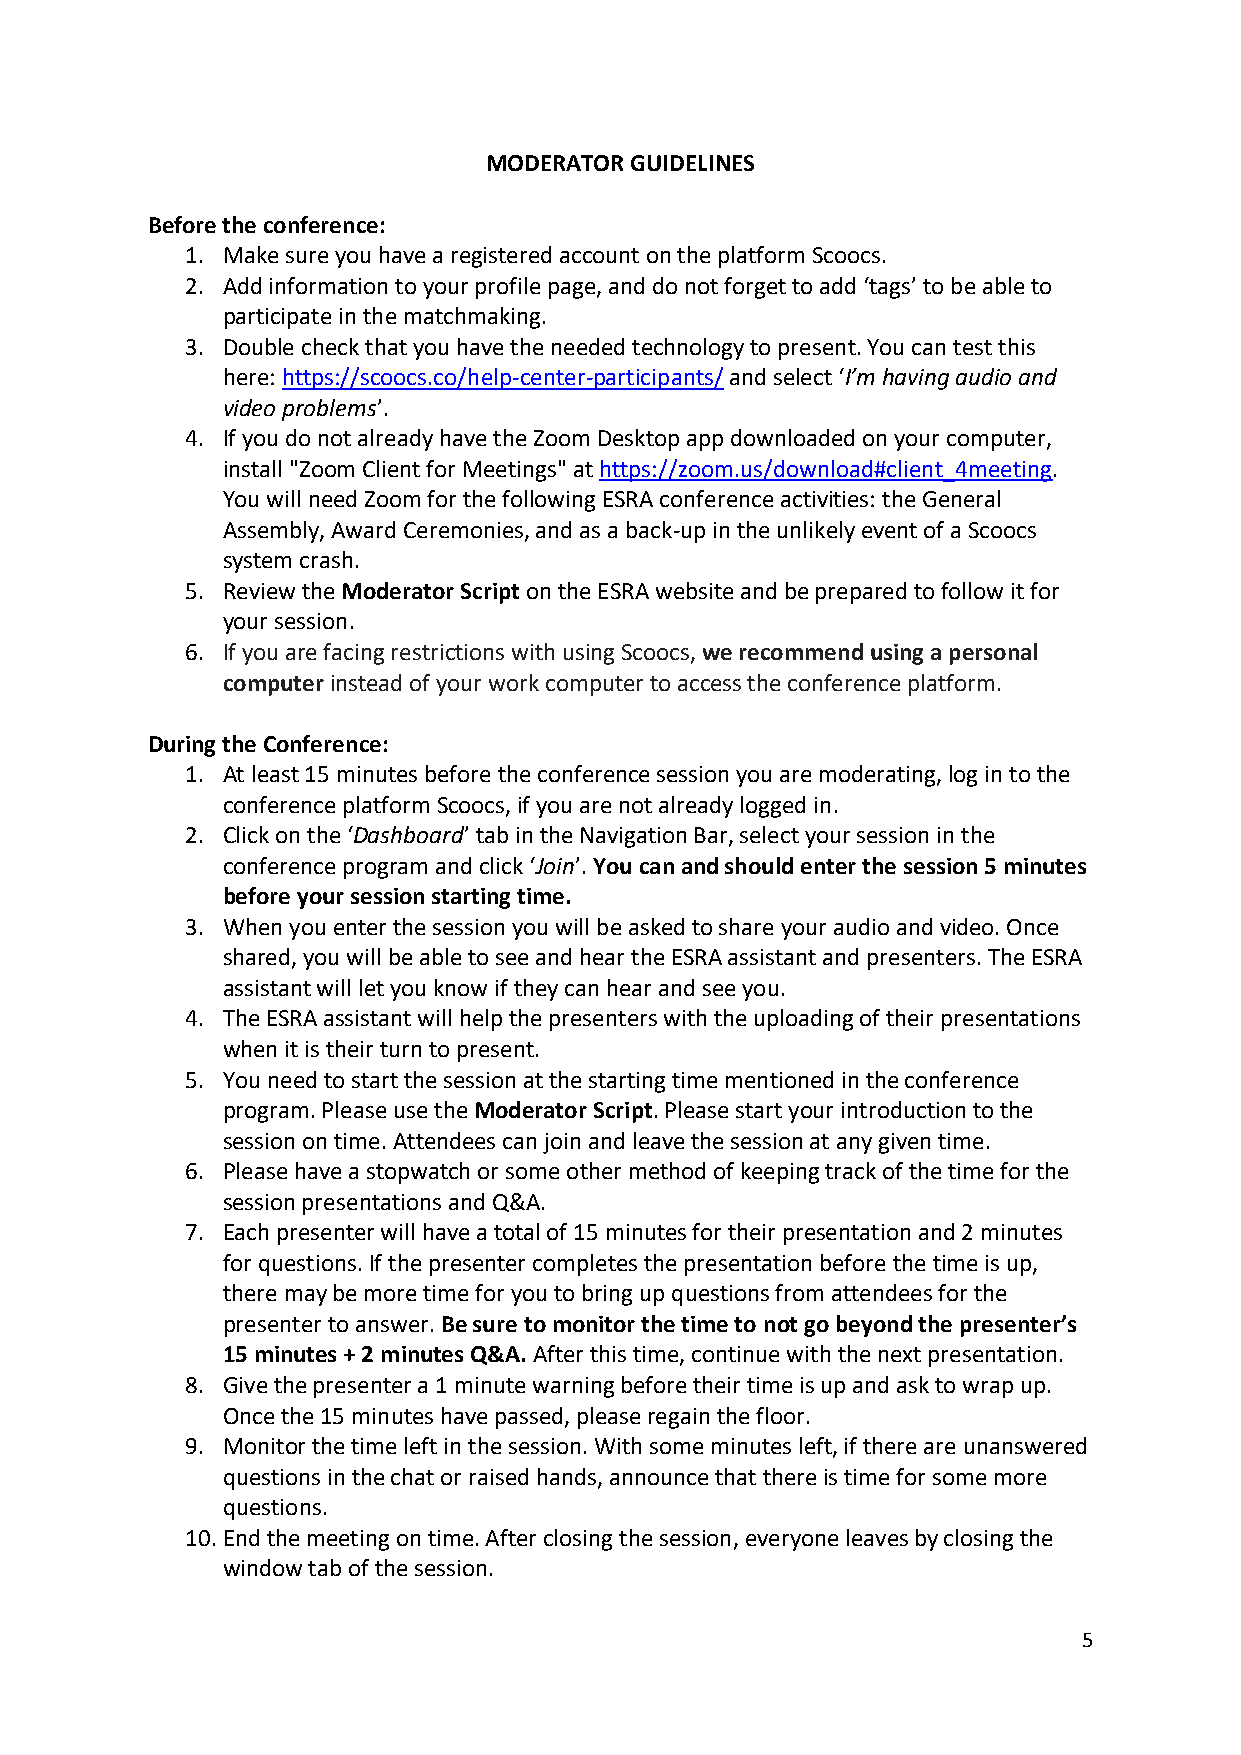
MODERATOR GUIDELINES
 Before the conference:
 1. Make sure you have a registered account on the platform Scoocs.
 2. Add information to your profile page, and do not forget to add ‘tags’ to be able to
 participate in the matchmaking.
 3. Double check that you have the needed technology to present. You can test this
 here: https://scoocs.co/help-center-participants/ and select ‘I’m having audio and
 video problems’.
 4. If you do not already have the Zoom Desktop app downloaded on your computer,
 install "Zoom Client for Meetings" at https://zoom.us/download#client_4meeting.
 You will need Zoom for the following ESRA conference activities: the General
 Assembly, Award Ceremonies, and as a back-up in the unlikely event of a Scoocs
 system crash.
 5. Review the Moderator Script on the ESRA website and be prepared to follow it for
 your session.
 6. If you are facing restrictions with using Scoocs, we recommend using a personal
 computer instead of your work computer to access the conference platform.
 During the Conference:
 1. At least 15 minutes before the conference session you are moderating, log in to the
 conference platform Scoocs, if you are not already logged in.
 2. Click on the ‘Dashboard’ tab in the Navigation Bar, select your session in the
 conference program and click ‘Join’. You can and should enter the session 5 minutes
 before your session starting time.
 3. When you enter the session you will be asked to share your audio and video. Once
 shared, you will be able to see and hear the ESRA assistant and presenters. The ESRA
 assistant will let you know if they can hear and see you.
 4. The ESRA assistant will help the presenters with the uploading of their presentations
 when it is their turn to present.
 5. You need to start the session at the starting time mentioned in the conference
 program. Please use the Moderator Script. Please start your introduction to the
 session on time. Attendees can join and leave the session at any given time.
 6. Please have a stopwatch or some other method of keeping track of the time for the
 session presentations and Q&A.
 7. Each presenter will have a total of 15 minutes for their presentation and 2 minutes
 for questions. If the presenter completes the presentation before the time is up,
 there may be more time for you to bring up questions from attendees for the
 presenter to answer. Be sure to monitor the time to not go beyond the presenter’s
 15 minutes + 2 minutes Q&A. After this time, continue with the next presentation.
 8. Give the presenter a 1 minute warning before their time is up and ask to wrap up.
 Once the 15 minutes have passed, please regain the floor.
 9. Monitor the time left in the session. With some minutes left, if there are unanswered
 questions in the chat or raised hands, announce that there is time for some more
 questions.
 10. End the meeting on time. After closing the session, everyone leaves by closing the
 window tab of the session.
 5